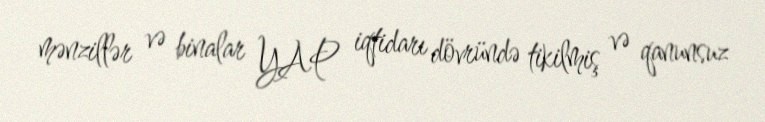
mənzillər və binalar YAP iqtidarı dövründə tikilmiş və qanunsuz